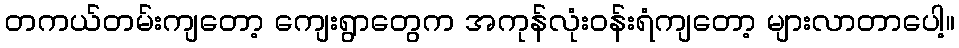
တကယ်တမ်းကျတော့ ကျေးရွာတွေက အကုန်လုံးဝန်းရံကျတော့ များလာတာပေါ့။